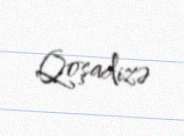
Qoşadizə